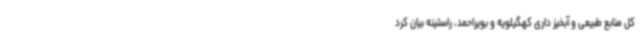
کل منابع طبیعی و آبخیز داری کهگیلویه و بویراحمد، راستینه بیان کرد